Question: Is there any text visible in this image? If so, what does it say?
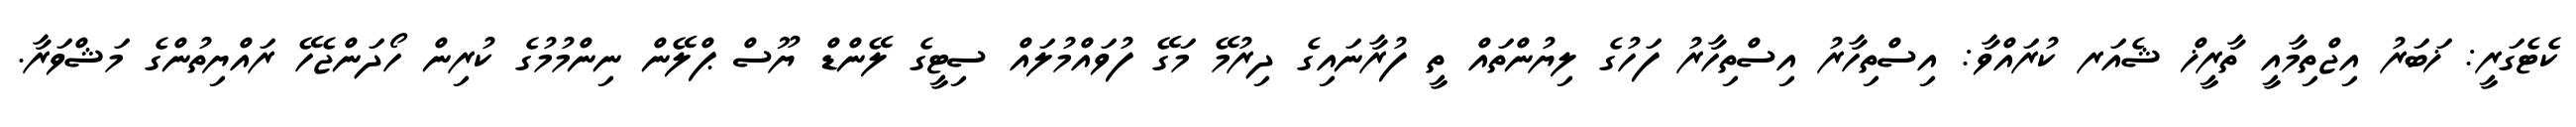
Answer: ކެޓެގަރީ: ޚަބަރު އިޖްތިމާއީ ތާރީޚް ޝެއަރ ކުރައްވާ: އިސްތިހާރު އިސްތިހާރު ފަހުގެ ލިޔުންތައް ތީ ފުރާނައިގެ ދިރުމޭ މަގޭ ފުވައްމުލައް ސިޓީގެ ލޭންޑް ޔޫސް ޕްލޭން ނިންމުމުގެ ކުރިން ހޯދަންޖެހޭ ރައްޔިތުންގެ މަޝްވަރާ.